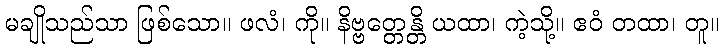
မချိုသည်သာ ဖြစ်သော။ ဖလံ၊ ကို။ နိဗ္ဗတ္တေန္တိ ယထာ၊ ကဲ့သို့။ ဧဝံ တထာ၊ တူ။